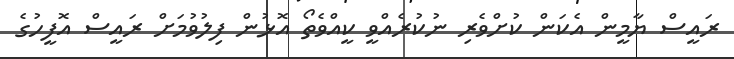
ރައީސް ޔާމީން އެކަން ކުށްވެރި ނުކުރެއްވީ ކީއްވެތޯ އޮޅުން ފިލުވުމަށް ރައީސް އޮފީހުގެ